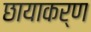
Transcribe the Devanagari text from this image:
छायाकर्ण